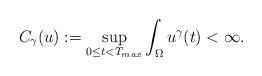
LaTeX: \begin{align*}C_{\gamma}(u):=\sup_{0\leq t<T_{max}}\int_{\Omega}u^{\gamma}(t)<\infty.\end{align*}